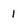
Character: l